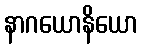
နာဂယောနိယော